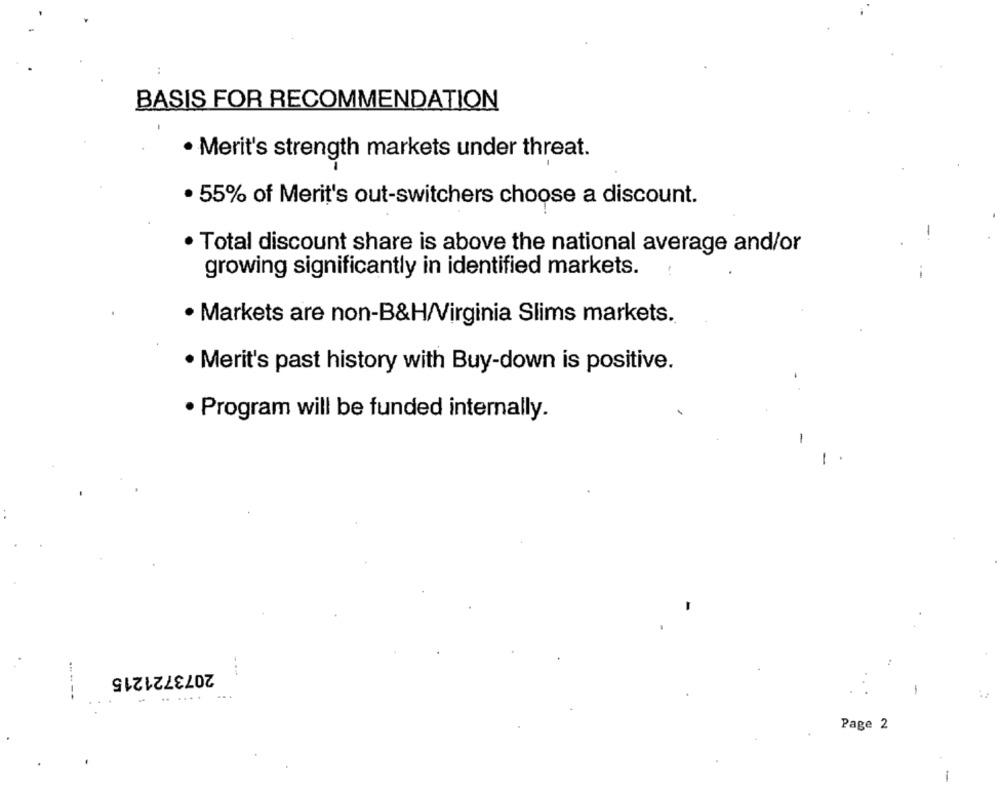
BASIS FOR RECOMMENDATION
· Merit's strength markets under threat.
· 55% of Merit's out-switchers choose a discount.
· Total discount share is above the national average and/or
growing significantly in identified markets.
· Markets are non-B&H/Virginia Slims markets.
· Merit's past history with Buy-down is positive.
· Program will be funded internally.
-
2073721215
......
-
-
Page 2
-